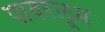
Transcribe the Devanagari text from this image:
पावरलूम